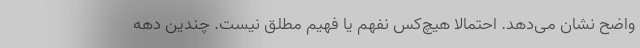
واضح نشان می‌دهد. احتمالاً هیچ‌کس نفهم یا فهیم مطلق نیست. چندین دهه